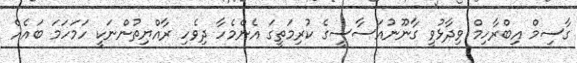
ގާސިމް އިބްރާހިމް ވިދާޅުވީ ގާނޫނުއަސާސީގެ ކުރިމަތީގަ އެންމެހާ ދިވެހި ރާއްޔިތުންނަކީ ހަމަހަމަ ބައެއް